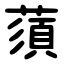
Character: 蕦